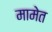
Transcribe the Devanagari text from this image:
मामेत